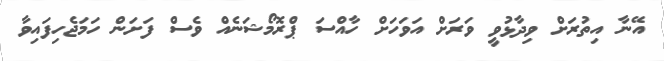
އޭނާ އިތުރަށް ވިދާޅުވީ ވަރަށް އަވަހަށް ހާއްސަ ޕްރޮމޯޝަނެއް ވެސް ފަށަން ހަމަޖެހިފައިވާ